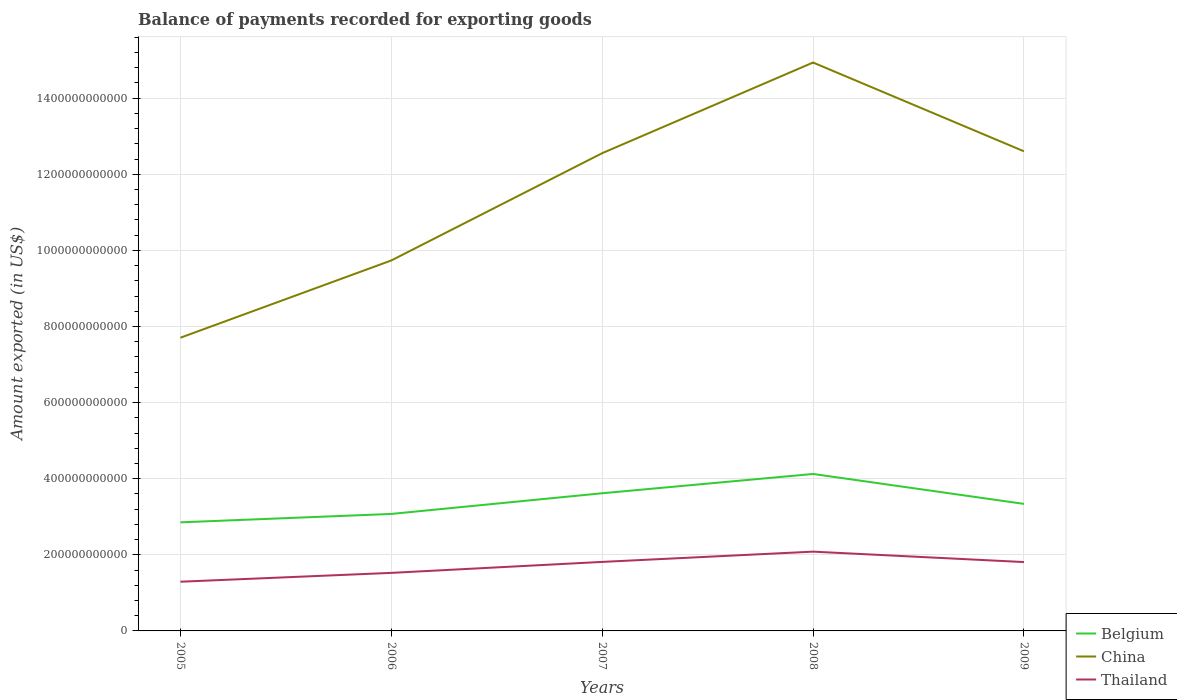
| Years | Belgium | China | Thailand |
 | --- | --- | --- | --- |
 | 2005 | 2.85e+11 | 7.7e+11 | 1.29e+11 |
 | 2006 | 3.07e+11 | 9.73e+11 | 1.53e+11 |
 | 2007 | 3.62e+11 | 1.26e+12 | 1.81e+11 |
 | 2008 | 4.12e+11 | 1.49e+12 | 2.08e+11 |
 | 2009 | 3.34e+11 | 1.26e+12 | 1.81e+11 |